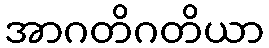
အာဂတိဂတိယာ